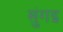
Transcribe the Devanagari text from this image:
सुंगइ